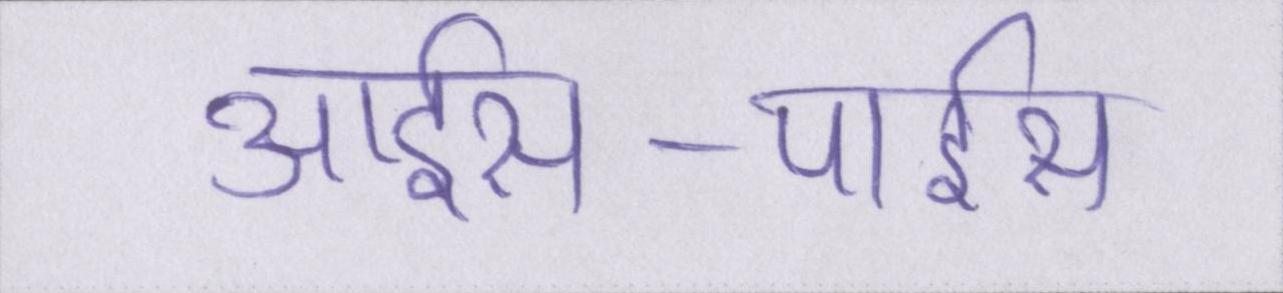
आईस-पाईस